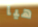
هيا